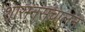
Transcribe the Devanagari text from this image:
शासनसंचालन